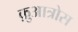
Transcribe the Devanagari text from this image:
क़ुआत्रोस